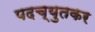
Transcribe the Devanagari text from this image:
पदच्युतकर